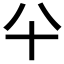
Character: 𰅭